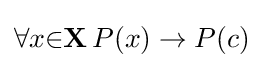
\forall {x}{\in }\mathbf {X} \,P(x)\to P(c)